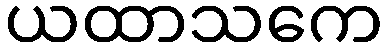
ယထာသကေ